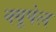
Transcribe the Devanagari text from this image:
क्यूपेल